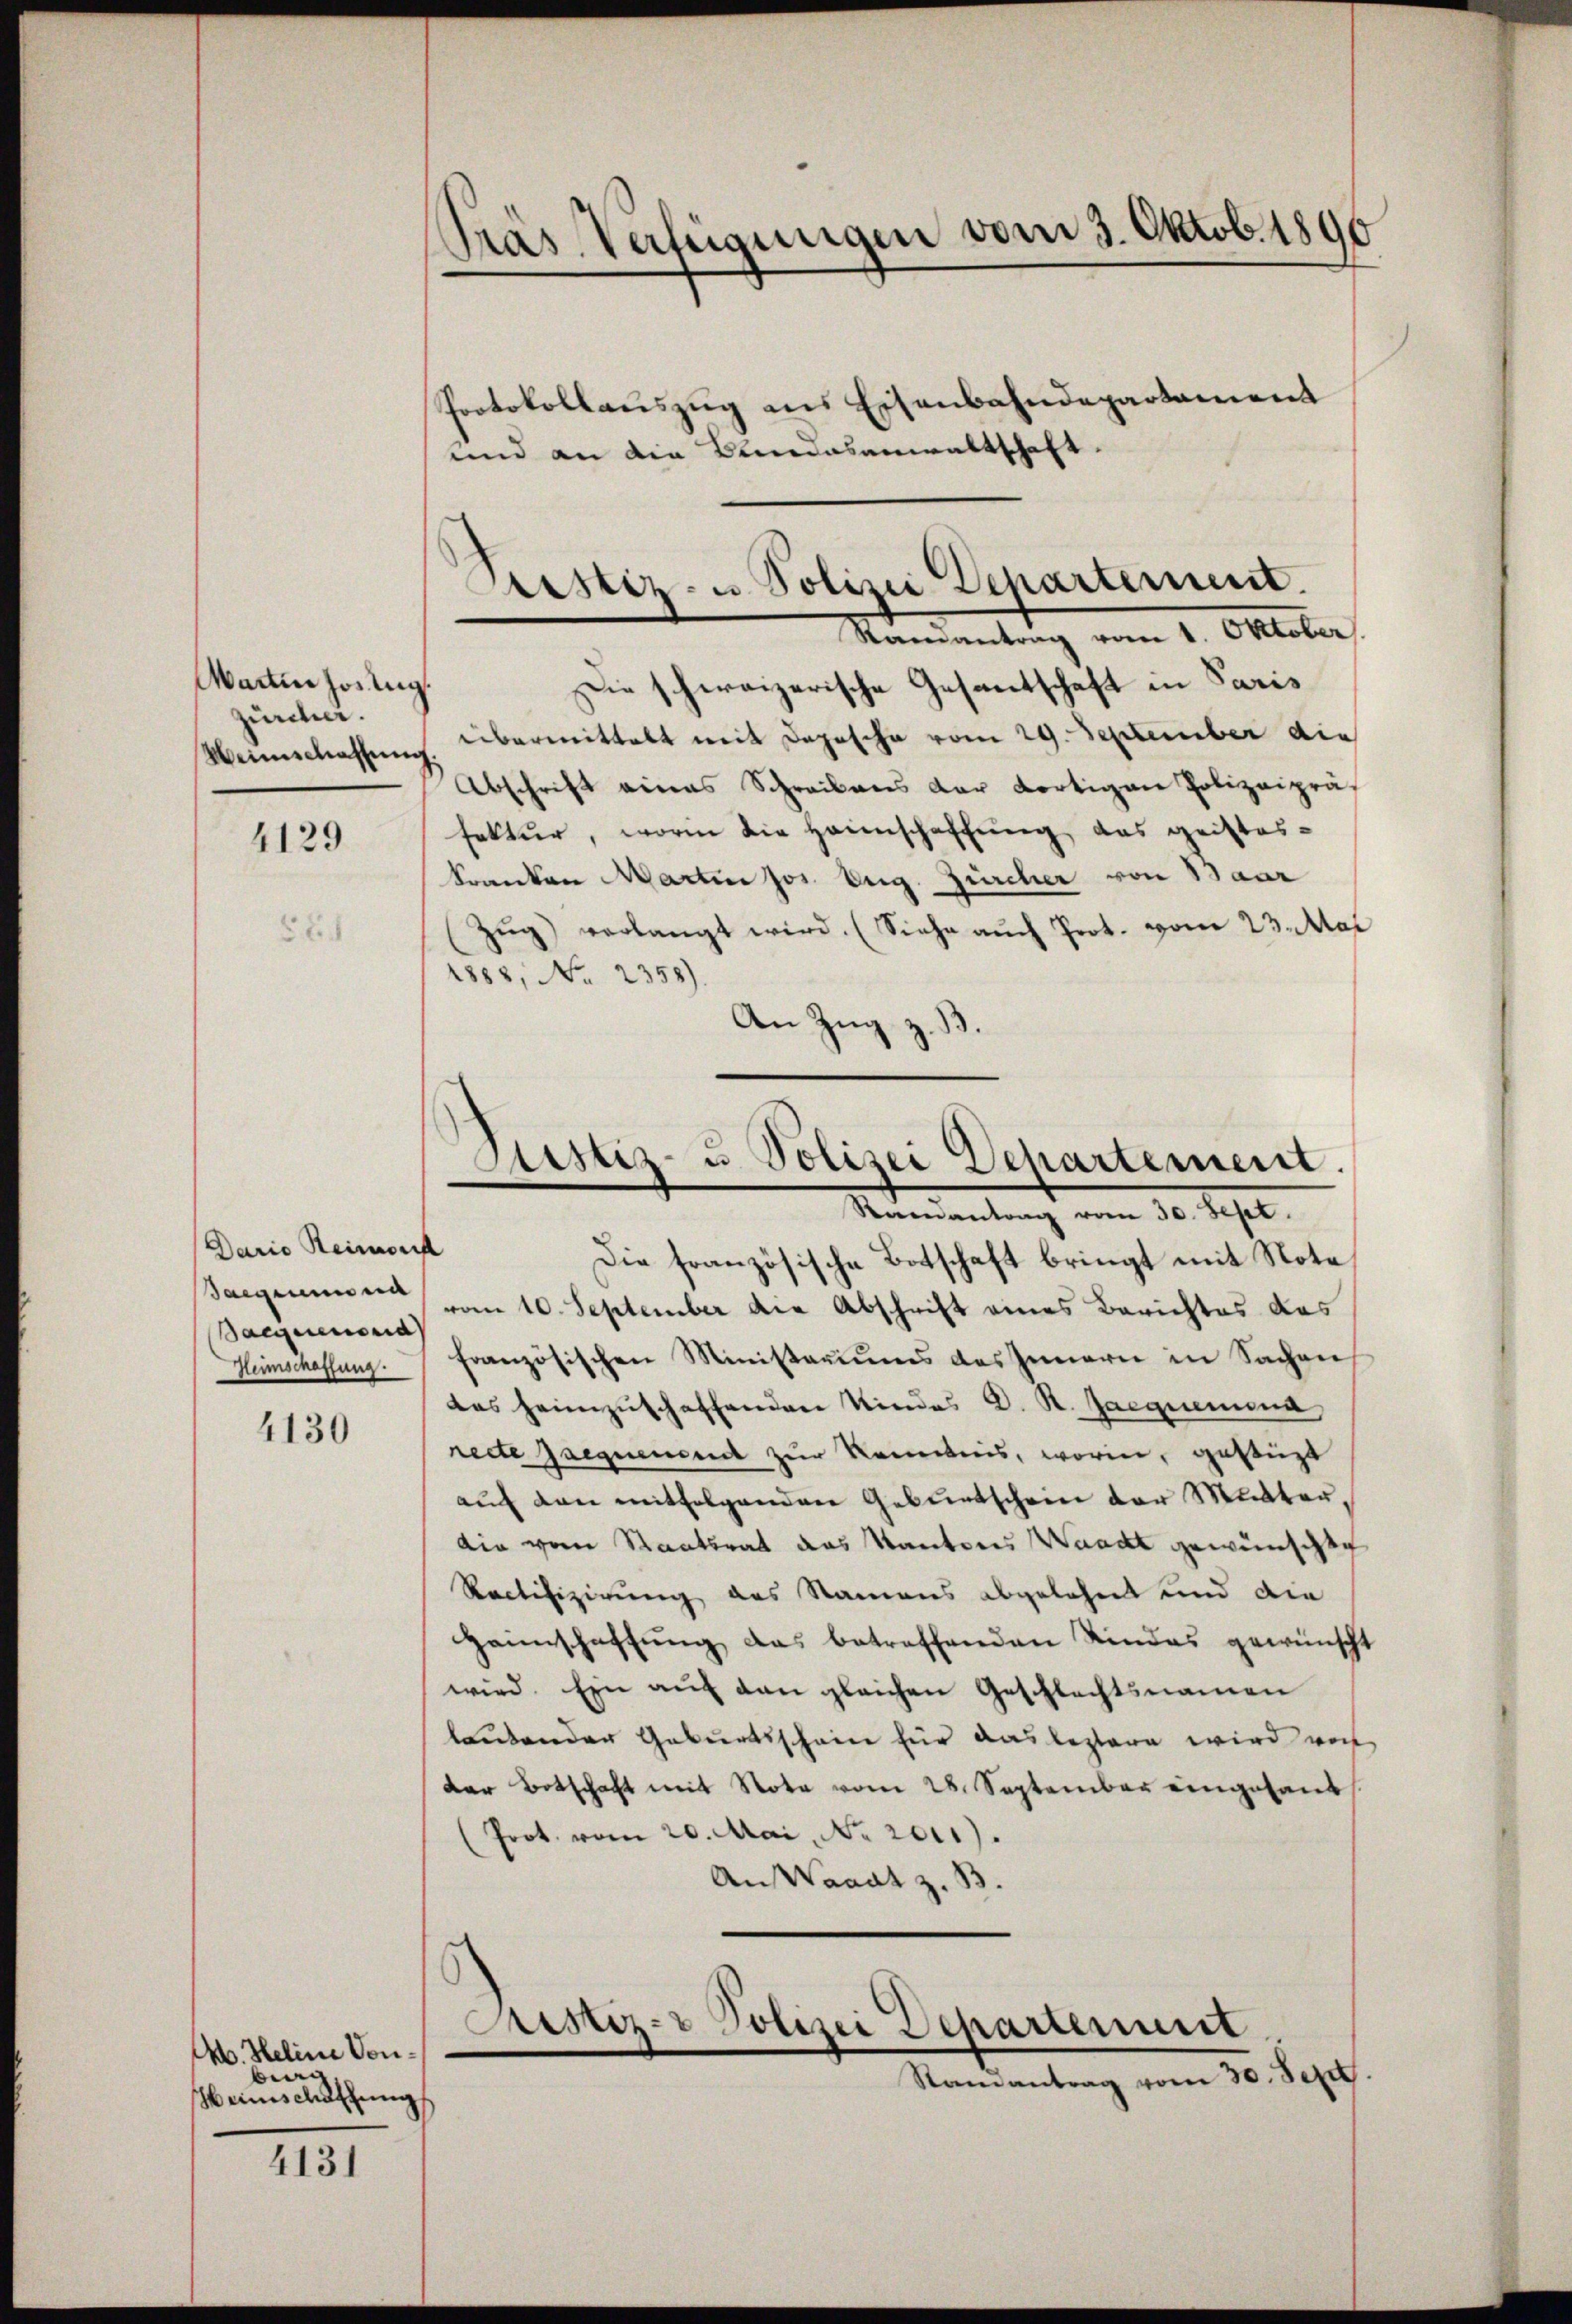
Warten hortig.
zürcher.
Weinschaffung.
4129

Dario Reimonis
Sacierend
Heimschaffung

4130

M. Heline Vorberg
Heimschaffung

4131

Das Verfügungen vom 3. Oktob. 1890
¬

Protokollauszug aus Eisenbahndepartament
und an die Bundesanwaltschaft.

Die schweizerische Gesantschaft in Paris
übermittelt mit Depesche vom 29. September die
Abschrift eines Schreibens der dortigen Polizeipräs
fektur, worin die Heimschaffung das geistes-
Kranken Martin Jos. Eug. Zürcher von Baar
Zŭg) verlangt wird. (Siehe aŭch Prot. vom 23. Mai
4888, No. 2358).
An Zug z. B.

Die französische Botschaft bringt mit Note,
Saegerinnen, vom 10. September die Abschrift eines Berichtes das
französischen Ministeriums des Innern in Sachen
das heimzuschaffenden Kindes D. R. Jacquemina
recte requement zur Verebnis, worin, gestüzt
auf den mitfolgenden Geburtschein der Mutterdie vom Staatsrat das Kantons Waadt gewünschte
Ractifizierung aus Namens abgelehnt und die
Haimschaffung das betreffenden Kindes gewünscht
wird. Ein auf den gleichen Geschlechtsnamen
lautender Geburtsschein für das leztere wird noch
der Botschaft mit Nota vom 28. September eingesant
(Prot. vom 20. Mai, No 2011).
An Waadt z. B.

astiz- u. Polizei Departement.
Ramantrag vom 1. Oktober.

Justiz- u. Polizei Dehartement.
Mandantung vom 30. Sept.

Sistiz- & Polizei Departement
Randantrag vom 30. Sept.